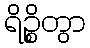
ရိဉ္စိတွာ